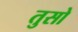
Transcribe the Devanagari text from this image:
तुसो